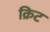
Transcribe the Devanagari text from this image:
क्रिट